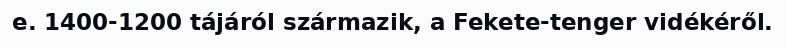
e. 1400-1200 tájáról származik, a Fekete-tenger vidékéről.